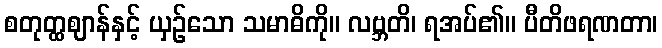
စတုတ္ထဈာန်နှင့် ယှဉ်သော သမာဓိကို။ လဗ္ဘတိ၊ ရအပ်၏။ ပီတိဖရဏတာ၊